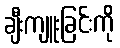
ချီးကျူးခြင်းကို